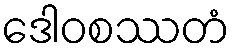
ဒေါဝစဿတံ